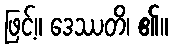
ဖြင့်။ ဒေဿတိ၊ ၏။